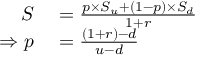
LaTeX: \begin{array} { r l } { S } & { { } = { \frac { p \times S _ { u } + ( 1 - p ) \times S _ { d } } { 1 + r } } } \\ { \Rightarrow p } & { { } = { \frac { ( 1 + r ) - d } { u - d } } } \end{array}